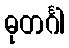
ဓုတင်္ဂါ